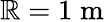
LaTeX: \mathbb{R}=1\; {\mathrm{{m}}}